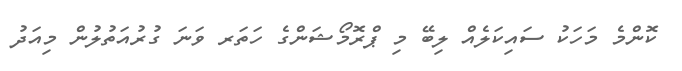
ކޮންމެ މަހަކު ސައިކަލެއް ލިބޭ މި ޕްރޮމޯޝަންގެ ހަތަރ ވަނަ ގުރުއަތުލުން މިއަދު